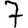
Digit: 7